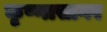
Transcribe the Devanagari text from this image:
कृष्णासागर